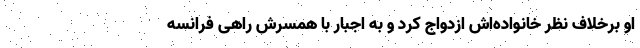
او برخلاف نظر خانواده‌اش ازدواج کرد و به اجبار با همسرش راهی فرانسه